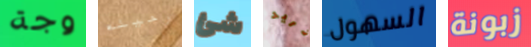
وجة رحيله شئ تريد السهول زبونة